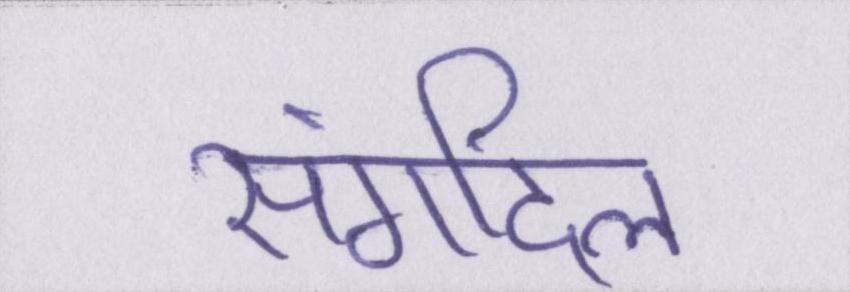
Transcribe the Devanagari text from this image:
संगदिल